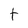
Character: t